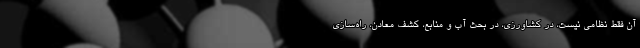
آن فقط نظامی نیست، در کشاورزی، در بحث آب و منابع، کشف معادن، راه‌سازی